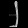
Digit: ၂